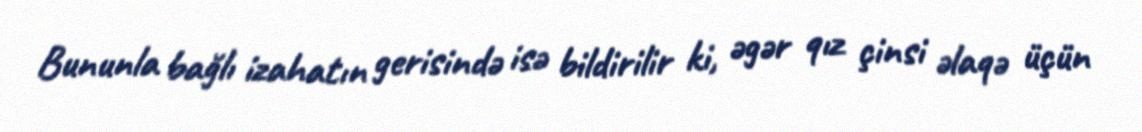
Bununla bağlı izahatın gerisində isə bildirilir ki, əgər qız çinsi əlaqə üçün